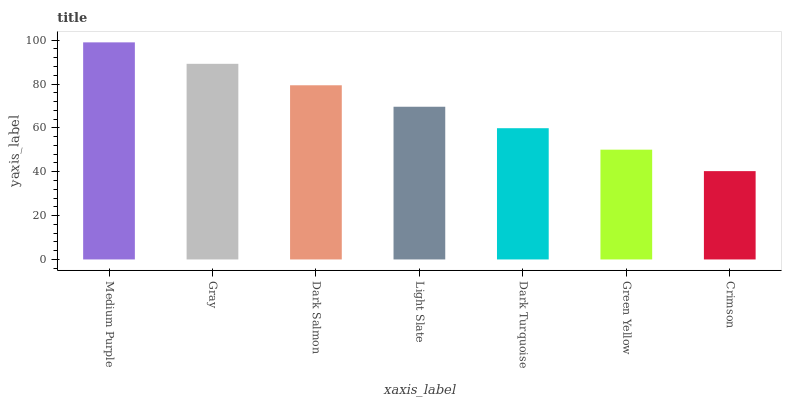
| xaxis_label | bars |
 | --- | --- |
 | Medium Purple | 99 |
 | Gray | 89.2 |
 | Dark Salmon | 79.4 |
 | Light Slate | 69.6 |
 | Dark Turquoise | 59.9 |
 | Green Yellow | 50.1 |
 | Crimson | 40.3 |